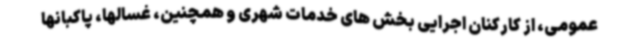
عمومی، از کارکنان اجرایی بخش های خدمات شهری و همچنین، غسالها، پاکبانها